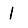
Digit: 1